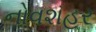
નોવશહર